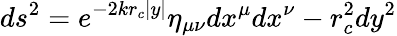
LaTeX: ds^{2}=e^{-2kr_{c}\vert y\vert}\eta_{\mu\nu}dx^{\mu}dx^{\nu}-r_{c}^{2}dy^{2}